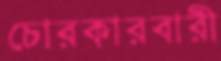
চোরকারবারী